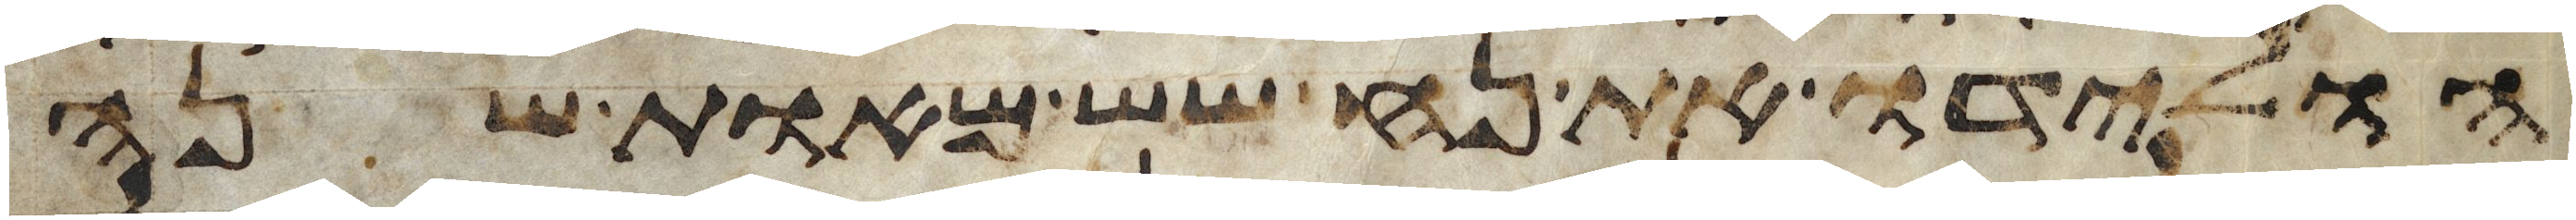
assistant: הולידו את נח שש מאות שנה